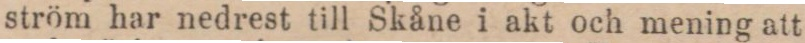
ström har nedrest till Skåne i akt och mening att